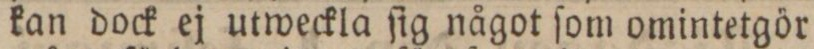
kan dock ej utweckla ſig något ſom omintetgör